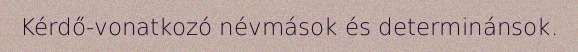
Kérdő-vonatkozó névmások és determinánsok.